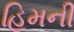
હિમની